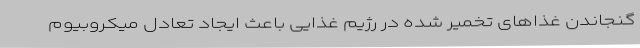
گنجاندن غذاهای تخمیر شده در رژیم غذایی باعث ایجاد تعادل میکروبیوم